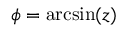
\phi = \arcsin ( z )